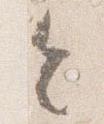
令